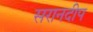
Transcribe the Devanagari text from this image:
सरानदीप